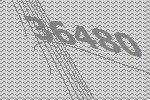
36480